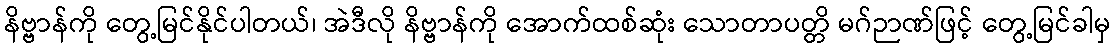
နိဗ္ဗာန်ကို တွေ့မြင်နိုင်ပါတယ်၊ အဲဒီလို နိဗ္ဗာန်ကို အောက်ထစ်ဆုံး သောတာပတ္တိ မဂ်ဉာဏ်ဖြင့် တွေ့မြင်ခါမှ